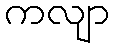
ကလျာ